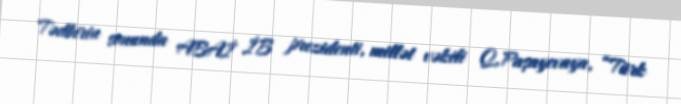
Tədbirin sonunda ABAİ İB prezidenti, millət vəkili Q.Paşayevaya, “Türk